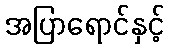
အပြာရောင်နှင့်